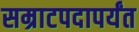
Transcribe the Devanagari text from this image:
सम्राटपदापर्यंत